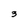
Character: 3